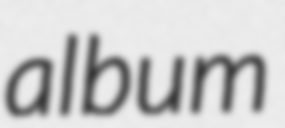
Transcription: album